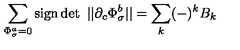
\sum _ { \Phi _ { \sigma } ^ { a } = 0 } \mathrm { s i g n } \det \ | | \partial _ { c } \Phi _ { \sigma } ^ { b } | | = \sum _ { k } ( - ) ^ { k } B _ { k }